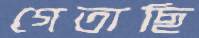
গেতাছি